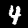
Digit: 4